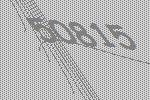
50815